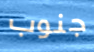
جنوب